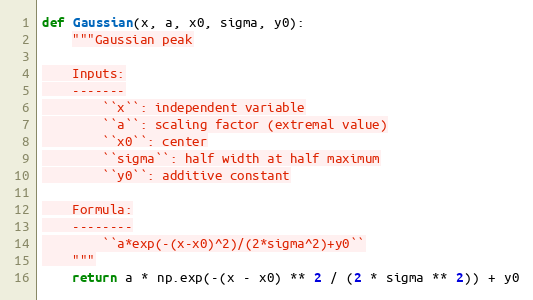
Language: Python
def Gaussian(x, a, x0, sigma, y0):
    """Gaussian peak

    Inputs:
    -------
        ``x``: independent variable
        ``a``: scaling factor (extremal value)
        ``x0``: center
        ``sigma``: half width at half maximum
        ``y0``: additive constant

    Formula:
    --------
        ``a*exp(-(x-x0)^2)/(2*sigma^2)+y0``
    """
    return a * np.exp(-(x - x0) ** 2 / (2 * sigma ** 2)) + y0